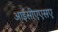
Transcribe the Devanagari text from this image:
आईसीएएसए